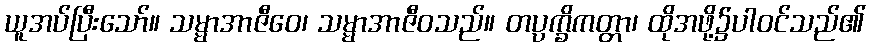
ယူအပ်ပြီးသော်။ သမ္မာအာဇီဝေ၊ သမ္မာအာဇီဝသည်။ တပ္ပက္ခိကတ္တာ၊ ထိုအဖို့၌ပါဝင်သည်၏